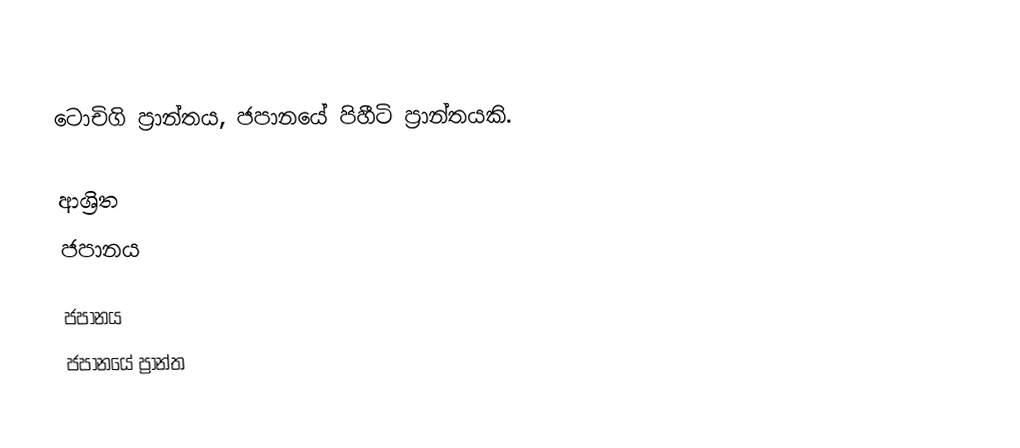
ටොචිගි ප්‍රාන්තය, ජපානයේ පිහීටි ප්‍රාන්තයකි.

ආශ්‍රිත
 ජපානය

ජපානය
ජපානයේ ප්‍රාන්ත